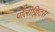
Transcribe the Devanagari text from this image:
पोलीक्लिटस